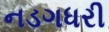
નડગધરી